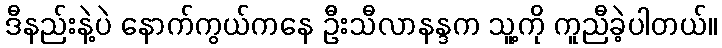
ဒီနည်းနဲ့ပဲ နောက်ကွယ်ကနေ ဦးသီလာနန္ဒက သူ့ကို ကူညီခဲ့ပါတယ်။